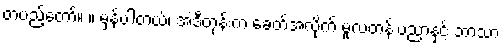
တပည့်တော်။ ။ မှန်ပါတယ်၊ အဲဒီတုန်းက ခေတ်အလိုက် မူလတန်းပညာနှင့် ဘာသာ